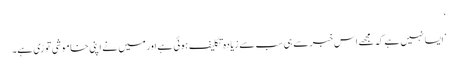
‘
’ایسا نہیں ہے کہ مجھے اس خبر سے ہی سب سے زیادہ تکلیف ہوئی ہے اور میں نے اپنی خاموشی توڑی ہے۔